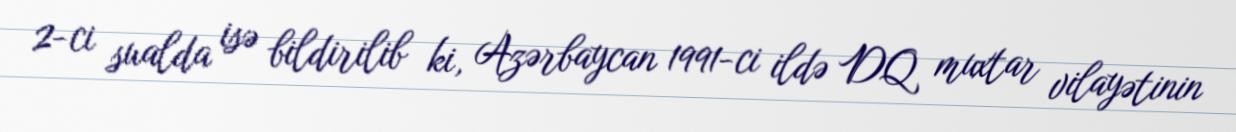
2-ci sualda isə bildirilib ki, Azərbaycan 1991-ci ildə DQ muxtar vilayətinin